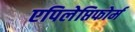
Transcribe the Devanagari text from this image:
एपिलेप्तिफोर्म